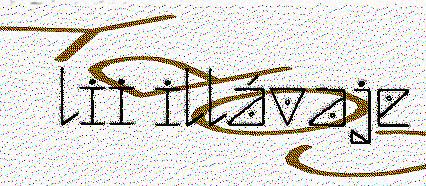
lii illávaje